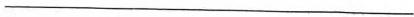
___